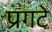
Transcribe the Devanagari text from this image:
प्रगटे